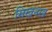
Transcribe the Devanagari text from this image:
सिखनख